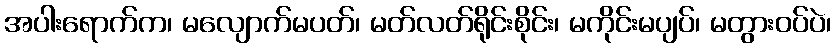
အပါးရောက်က၊ မလျောက်မပတ်၊ မတ်လတ်ရိုင်းစိုင်း၊ မကိုင်းမပျပ်၊ မတွားဝပ်ပဲ၊